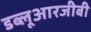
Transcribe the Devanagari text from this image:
डब्लूआरजीबी